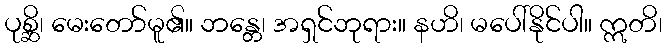
ပုစ္ဆိ၊ မေးတော်မူ၏။ ဘန္တေ၊ အရှင်ဘုရား။ နဟိ၊ မပေါ်နိုင်ပါ။ ဣတိ၊